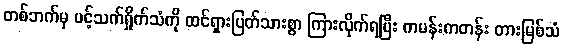
တစ်ဘက်မှ ပင့်သက်ရှိုက်သံကို ထင်ရှားပြတ်သားစွာ ကြားလိုက်ရပြီး ကမန်းကတန်း တားမြစ်သံ